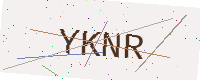
Text: YKNR